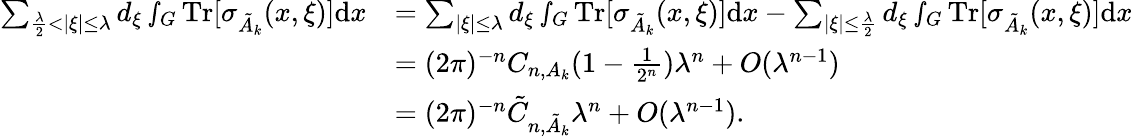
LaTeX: \begin{array}{rl}{\sum_{\frac{\lambda}{2}<|\xi|\leq\lambda}d_{\xi}\smallint_{G}\textnormal{Tr}[\sigma_{\tilde{A}_{k}}(x,\xi)]\textnormal{d}x}&{=\sum_{|\xi|\leq\lambda}d_{\xi}\smallint_{G}\textnormal{Tr}[\sigma_{\tilde{A}_{k}}(x,\xi)]\textnormal{d}x-\sum_{|\xi|\leq\frac{\lambda}{2}}d_{\xi}\smallint_{G}\textnormal{Tr}[\sigma_{\tilde{A}_{k}}(x,\xi)]\textnormal{d}x}\\ &{=(2\pi)^{-n}C_{n,A_{k}}(1-\frac{1}{2^{n}})\lambda^{n}+O(\lambda^{n-1})}\\ &{=(2\pi)^{-n}\tilde{C}_{n,\tilde{A}_{k}}\lambda^{n}+O(\lambda^{n-1}).}\end{array}